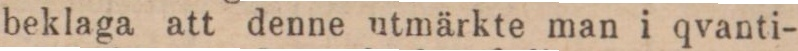
beklaga att denne utmärkte man i qvanti-